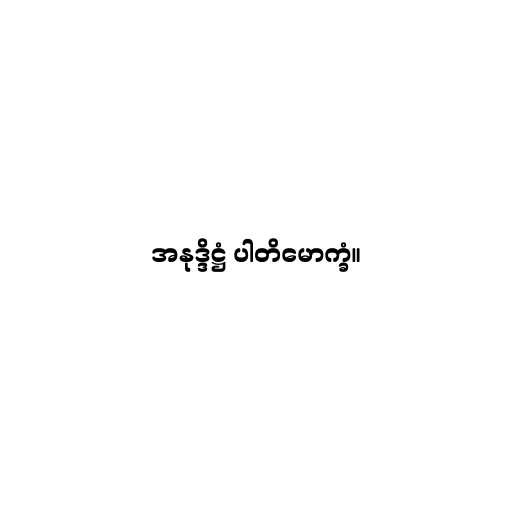
အနုဒ္ဒိဋ္ဌံ ပါတိမောက္ခံ။